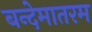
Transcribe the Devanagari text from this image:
बन्देमातरम